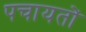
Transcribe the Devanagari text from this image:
पचायतों